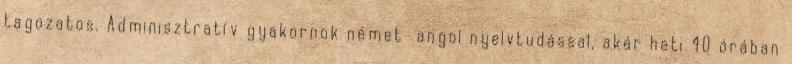
tagozatos. Adminisztratív gyakornok német angol nyelvtudással, akár heti 40 órában